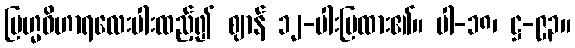
ဗြဟ္မဝိဟာရလေးပါးထည့်၍ ဈာန် ၁၂-ပါးပြထား၏။ ပါ-၁၈၊ ဋ္ဌ-၉၃။